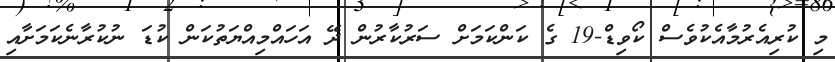
މި ކުރިއެރުމާއެކުވެސް ކޯވިޑް-19 ގެ ކަންކަމަށް ސަރުކާރުން ދޭ އަހައްމިއްޔަތުކަން ކުޑަ ނުކުރާނެކަމަށާއި